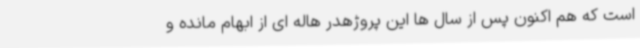
است که هم اکنون پس از سال ها این پروژهدر هاله ای از ابهام مانده و